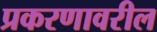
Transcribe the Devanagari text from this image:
प्रकरणावरील